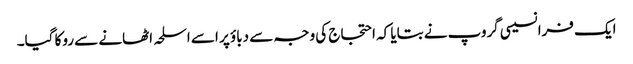
ایک فرانسیسی گروپ نے بتایا کہ احتجاج کی وجہ سے دباؤ پر اسے اسلحہ اٹھانے سے روکا گیا۔